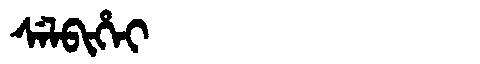
Manchu: ᠰᡝᠯᠪᡳᡥᡝᡳ
Romanization: SELBIHEI